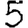
Digit: 5